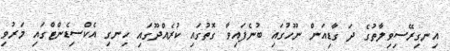
އިނގިރޭސިވިލާތުގެ ދަ ގާޑިއަން ނޫހުގައި ބުނެފައިވާ ގޮތުގައި ކުރެއްދޫގައި ހިނގި އެކްސިޑެންޓްގައި މަރުވި